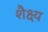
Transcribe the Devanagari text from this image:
शैक्ष्य